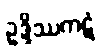
ဥဒ္ဒိဿကဋံ